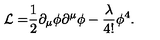
{ \cal L = } \frac { 1 } { 2 } \partial _ { \mu } \phi \partial ^ { \mu } \phi - \frac { \lambda } { 4 ! } \phi ^ { 4 } .